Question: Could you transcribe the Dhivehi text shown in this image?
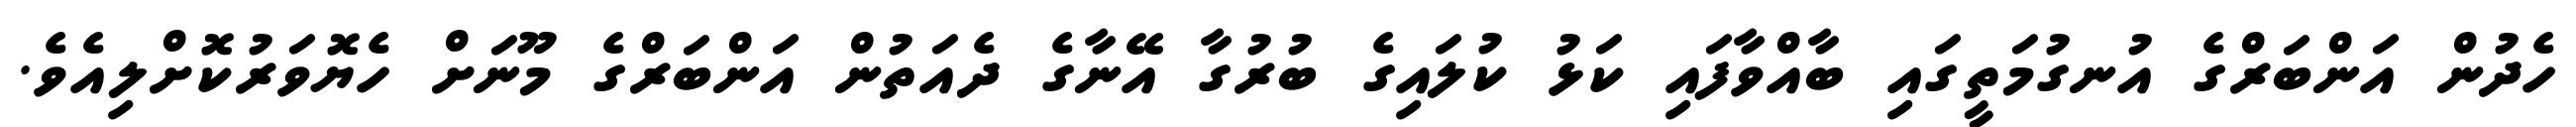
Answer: ހެދުން އަންބަރްގެ އުނގުމަތީގައި ބާއްވާފައި ކަޅު ކުލައިގެ ބުރުގާ އޭނާގެ ދެއަތުން އަންބަރްގެ މޫނަށް ހެޔޮވަރުކޮށްލިއެވެ.